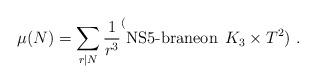
LaTeX: \begin{align*} \mu (N)=\sum_{r|N} \frac{1}{r^3} \sp (\mbox{NS5-braneon}\;\,K_3 \times T^2) \ .\end{align*}